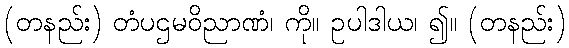
(တနည်း) တံပဌမဝိညာဏံ၊ ကို။ ဥပါဒါယ၊ ၍။ (တနည်း)